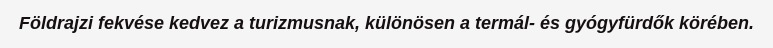
Földrajzi fekvése kedvez a turizmusnak, különösen a termál- és gyógyfürdők körében.